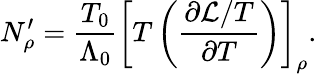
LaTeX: N_{\rho}^{\prime}=\frac{T_{0}}{\Lambda_{0}}\left[T\left(\frac{\partial\mathcal{L}/T}{\partial T}\right)\right]_{\rho}.